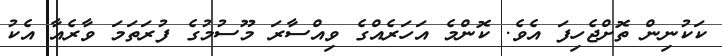
ކަކުނިން ތޮށްޖެހިފަ އެވެ. ކޮންމެ އަހަރެއްގެ ވިއްސާރަ މޫސުމުގެ ފުރަތަމަ ވާރެއާ އެކު